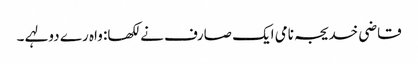
قاضی خدیجہ نامی ایک صارف نے لکھا: واہ رے دولہے ۔